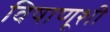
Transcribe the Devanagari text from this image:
विषाणूशी